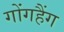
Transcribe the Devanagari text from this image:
गोंगहैंग